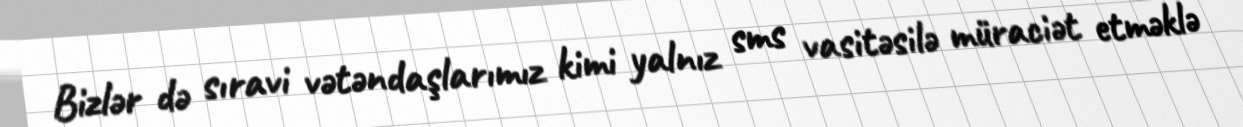
Bizlər də sıravi vətəndaşlarımız kimi yalnız sms vasitəsilə müraciət etməklə